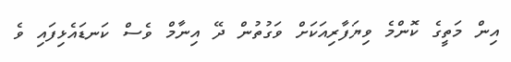
އިން މަތީގެ ކޮންމެ ވިޔަފާރިއަކަށް ވަގުތުން ދޭ އިނާމް ވެސް ކަނޑައެޅިފައި ވެ